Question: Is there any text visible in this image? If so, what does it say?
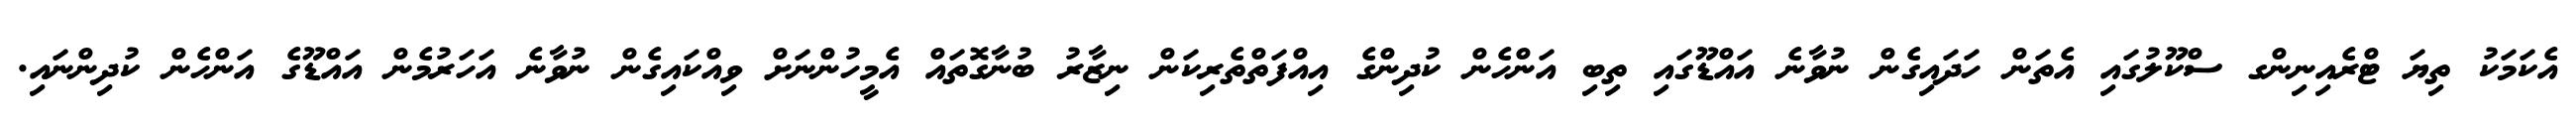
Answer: އެކަމަކު ތިޔަ ޓްރެއިނިންގ ސްކޫލުގައި އެތަން ހަދައިގެން ނުވާނެ އައްޑޫގައި ތިބި އަންހެން ކުދިންގެ އިއްފަތްތެރިކަން ނިޒާރު ބުނާގޮތައް އެމީހުންނަށް ވިއްކައިގެން ނުވާނެ އަހަރުމެން އައްޑޫގެ އަންހެން ކުދިންނައި.